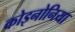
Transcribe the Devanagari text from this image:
कोइनोनिया